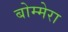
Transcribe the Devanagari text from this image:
बोम्मेरा